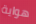
هواية